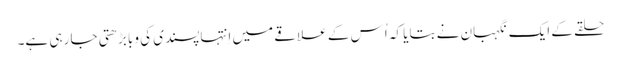
‏ حلقے کے ایک نگہبان نے بتایا کہ اُس کے علاقے میں اِنتہاپسندی کی وبا بڑھتی جا رہی ہے۔